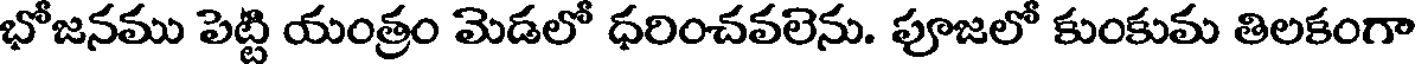
భోజనము పెట్టి యంత్రం మెడలో ధరించవలెను. పూజలో కుంకుమ తిలకంగా